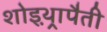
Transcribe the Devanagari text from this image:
शोइथ़्रापैती